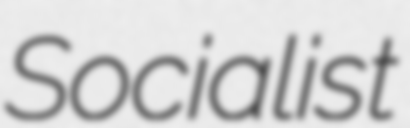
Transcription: Socialist